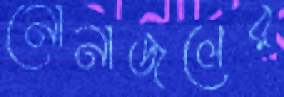
নোনাজলের